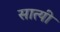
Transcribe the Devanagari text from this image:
सात्यी